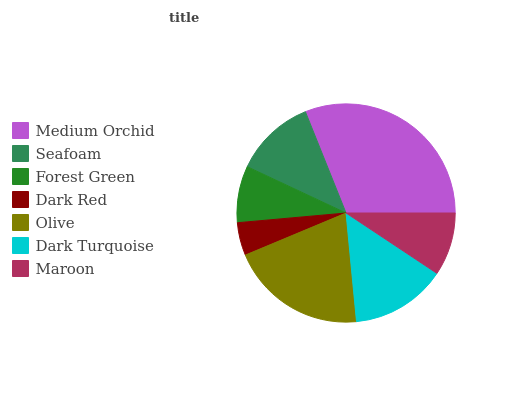
| Medium Orchid | Seafoam | Forest Green | Dark Red | Olive | Dark Turquoise | Maroon |
 | --- | --- | --- | --- | --- | --- | --- |
 | 31.1% | 12% | 8.39% | 4.87% | 20.2% | 14.2% | 9.33% |